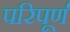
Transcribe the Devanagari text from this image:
परिपूर्ण